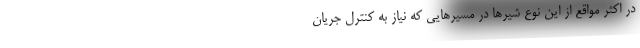
در اکثر مواقع از این نوع شیرها در مسیرهایی که نیاز به کنترل جریان